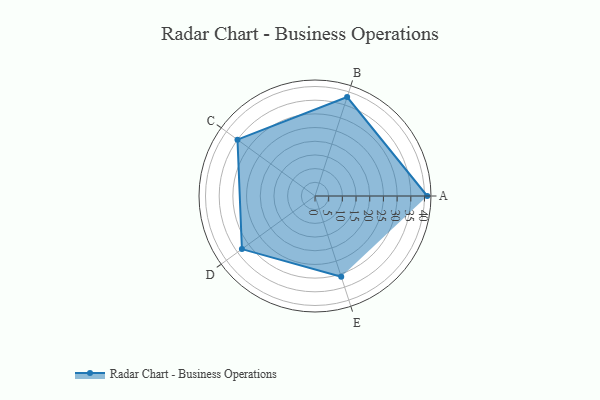
{"axis": {"x": "Skill", "y": "Score"}, "legend": ["Profile"], "data": [{"x": "A", "y": 41.0, "type": "Profile"}, {"x": "B", "y": 38.0, "type": "Profile"}, {"x": "C", "y": 35.0, "type": "Profile"}, {"x": "D", "y": 33.0, "type": "Profile"}, {"x": "E", "y": 31.0, "type": "Profile"}]}